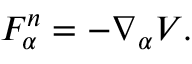
F _ { \alpha } ^ { n } = - \nabla _ { \alpha } V .